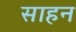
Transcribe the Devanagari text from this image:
साहन